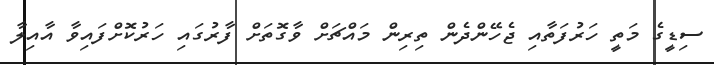
ސިޑީގެ މަތީ ހަރުފަތާއި ޖެހޭންދެން ތިރިން މައްޗަށް ވާގޮތަށް ފާރުގައި ހަރުކޮށްފައިވާ އާއިލާ